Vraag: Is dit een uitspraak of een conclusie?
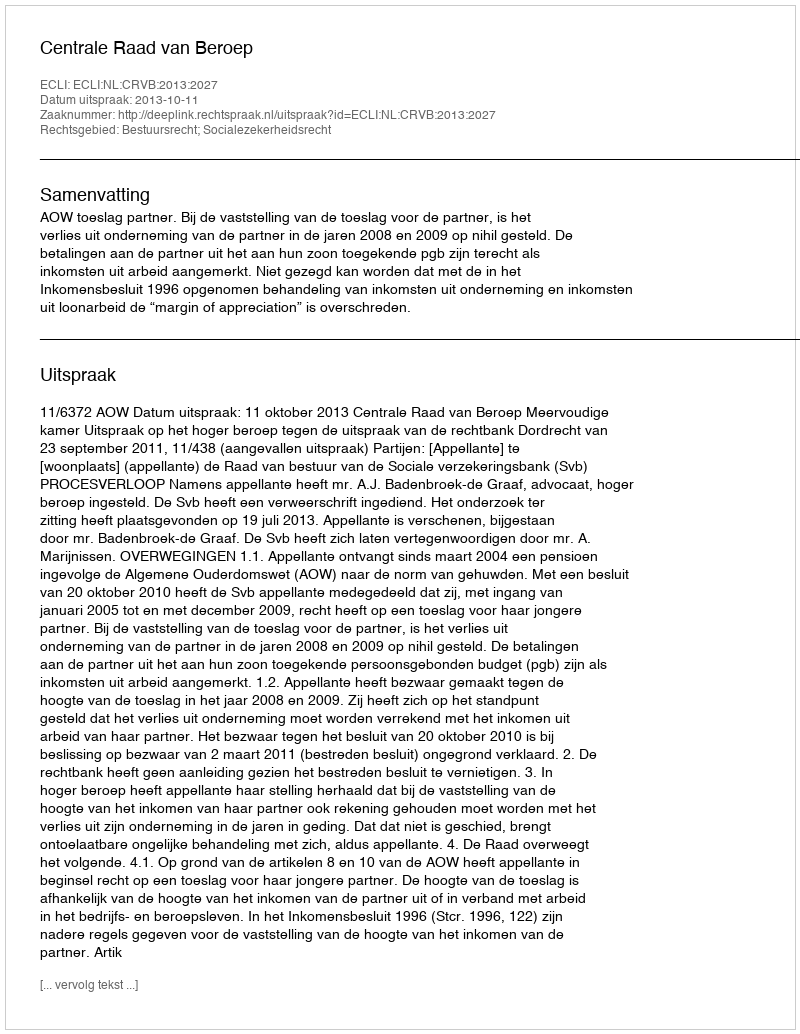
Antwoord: Uitspraak